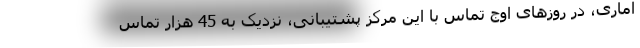
آماری، در روزهای اوج تماس با این مرکز پشتیبانی، نزدیک به 45 هزار تماس